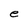
Character: e